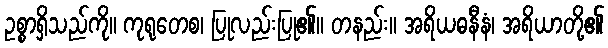
ဥစ္စာရှိသည်ကို။ ကုရုတေစ၊ ပြုလည်းပြု၏။ တနည်း။ အရိယဓနီနံ၊ အရိယာတို့၏